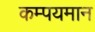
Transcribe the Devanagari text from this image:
कम्पयमान